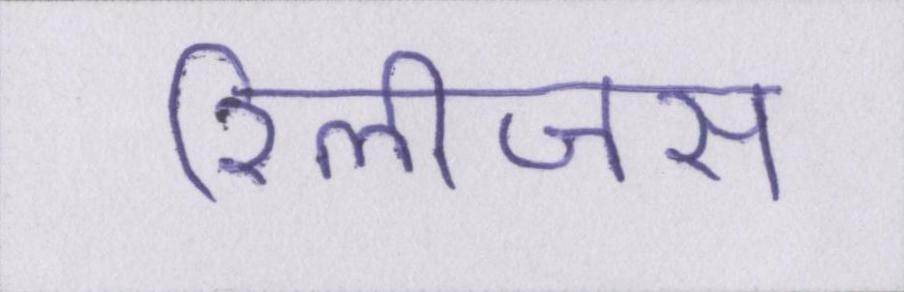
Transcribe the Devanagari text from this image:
रिलीजस